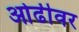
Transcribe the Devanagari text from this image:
ओढीवर